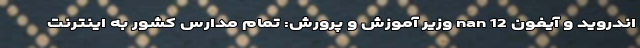
اندروید و آیفون 12 nan وزیر آموزش و پرورش: تمام مدارس کشور به اینترنت